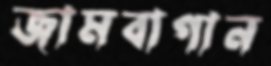
জামবাগান